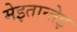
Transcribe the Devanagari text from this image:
मेइतान्तेइ